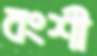
বংশী